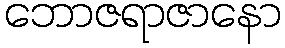
ဘောဇရာဇာနော